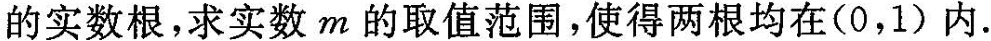
的实数根，求实数m的取值范围，使得两根均在(0，1)内.